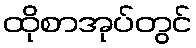
ထိုစာအုပ်တွင်